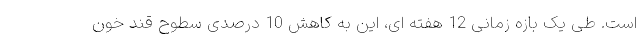
است. طی یک بازه زمانی 12 هفته ای، این به کاهش 10 درصدی سطوح قند خون